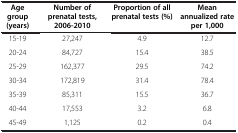
| Age group (years) | Number of prenatal tests, 2006-2010 | Proportion of all prenatal tests (%) | Mean annualized rate per 1,000 |
 | --- | --- | --- | --- |
 | 15-19 | 27,247 | 4.9 | 12.7 |
 | 20-24 | 84,727 | 15.4 | 38.5 |
 | 25-29 | 162,377 | 29.5 | 74.2 |
 | 30-34 | 172,819 | 31.4 | 78.4 |
 | 35-39 | 85,311 | 15.5 | 36.7 |
 | 40-44 | 17,553 | 3.2 | 6.8 |
 | 45-49 | 1,125 | 0.2 | 0.4 |